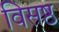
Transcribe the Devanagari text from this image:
विसष्ठ